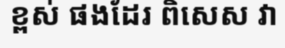
ខ្ពស់ ផងដែរ ពិសេស វា